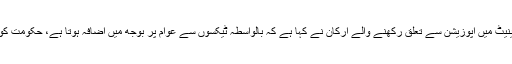
30 اپریل2018ء) سینیٹ میں اپوزیشن سے تعلق رکھنے والے ارکان نے کہا ہے کہ بالواسطہ ٹیکسوں سے عوام پر بوجھ میں اضافہ ہوتا ہے، حکومت کو انہیں کم کرنا چاہئے۔